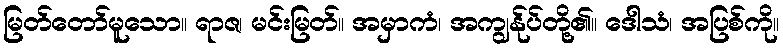
မြတ်တော်မူသော။ ရာဇ၊ မင်းမြတ်။ အမှာကံ၊ အကျွန်ုပ်တို့၏။ ဒေါသံ၊ အပြစ်ကို။